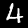
Label: 4